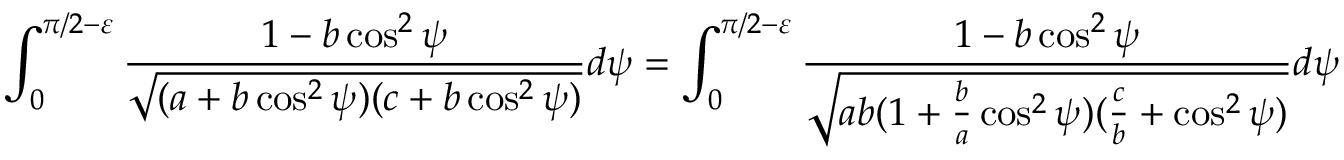
\int _ { 0 } ^ { \pi / 2 - \varepsilon } \frac { 1 - b \cos ^ { 2 } \psi } { \sqrt { ( a + b \cos ^ { 2 } \psi ) ( c + b \cos ^ { 2 } \psi ) } } d \psi = \int _ { 0 } ^ { \pi / 2 - \varepsilon } \frac { 1 - b \cos ^ { 2 } \psi } { \sqrt { a b ( 1 + \frac { b } { a } \cos ^ { 2 } \psi ) ( \frac { c } { b } + \cos ^ { 2 } \psi ) } } d \psi = \pi .